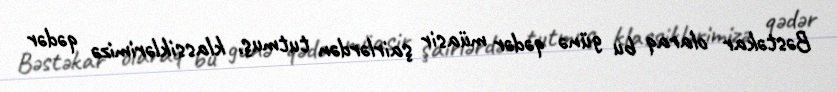
Bəstəkar olaraq bu günə qədər müasir şairlərdən tutmuş, klassiklərimizə qədər